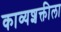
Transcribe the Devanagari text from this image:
काव्यशक्तीला